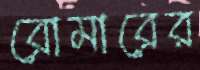
রোমারের